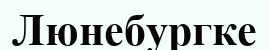
Люнебургке